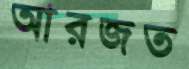
আরজত